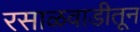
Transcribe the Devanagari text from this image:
रसाळवाडीतून